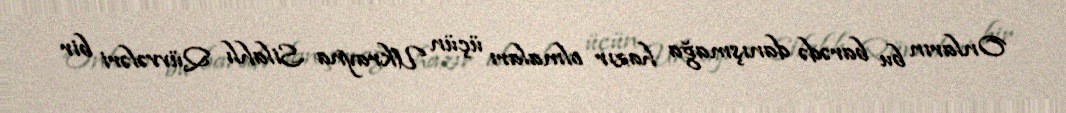
Onların bu barədə danışmağa hazır olmaları üçün Ukrayna Silahlı Qüvvələri bir